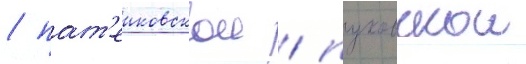
/ пат'еиковскои / пуковскои